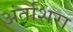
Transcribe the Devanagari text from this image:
अंतशिरा